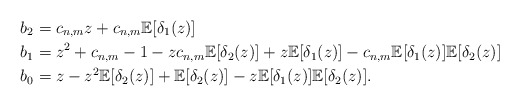
\begin{align*} & b_2 = c_{n,m}z + c_{n,m} \mathbb{E}[\delta_1(z)] \\ & b_1 = z^2 +c_{n,m} -1 -z c_{n,m} \mathbb{E}[\delta_2(z)]+z \mathbb{E}[\delta_1(z)]-c_{n,m} \mathbb{E}[\delta_1(z)]\mathbb{E}[\delta_2(z)]\\ & b_0 = z - z^2 \mathbb{E}[\delta_2(z)] + \mathbb{E}[\delta_2(z)] - z \mathbb{E}[\delta_1(z)]\mathbb{E}[\delta_2(z)]. \end{align*}